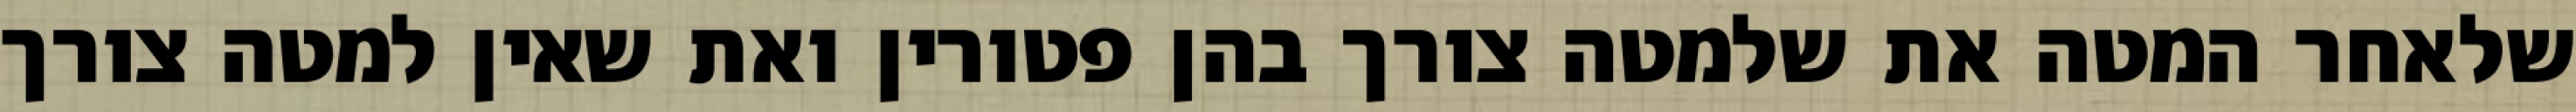
שלאחר המטה את שלמטה צורך בהן פטורין ואת שאין למטה צורך